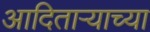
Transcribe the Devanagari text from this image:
आदिताऱ्याच्या